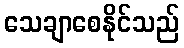
သေချာစေနိုင်သည်